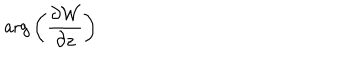
\mathrm { a r g } \left( { \frac { \partial { \cal W } } { \partial z } } \right)